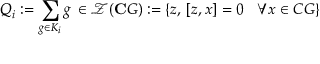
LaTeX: Q _ { i } : = \sum _ { g \in K _ { i } } g \, \in \mathcal { Z } ( \mathbf { C } G ) : = \left\{ z , \, \left[ z , x \right] = 0 \, \, \, \, \, \forall x \in C G \right\} \, \,